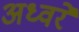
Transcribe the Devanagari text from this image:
अध्वरे